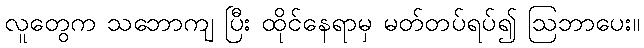
လူတွေက သဘောကျ ပြီး ထိုင်နေရာမှ မတ်တပ်ရပ်၍ ဩဘာပေး။